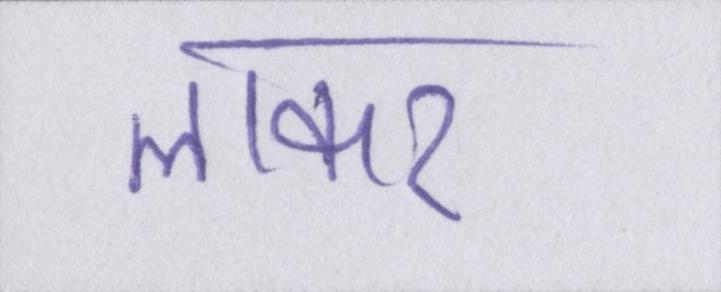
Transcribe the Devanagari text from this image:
लाकर